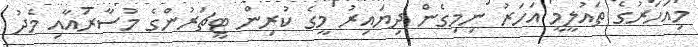
މިއަހަރުގެ ތައުލީމީ އަހަރު ނިމިގެން ދިޔައިރު މީގެ ކުރިން ޓީޗަރުންގެ މުސާރައާއި މެދު